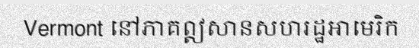
Vermont នៅភាគឦសានសហរដ្ឋអាមេរិក